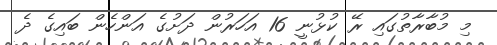
މި މުބާރާތުގައި ރޭ ކުޅުނީ 16 އަހަރުން ދަށުގެ އަންހެން ބައިގެ ދެ